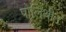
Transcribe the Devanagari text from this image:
पोलिथीन